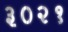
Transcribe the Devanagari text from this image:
३०२१